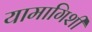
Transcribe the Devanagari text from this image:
यामागिशी